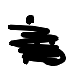
Text: is
Cross-out: scratch
Writing tool: digital_black